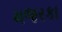
મજરકા